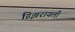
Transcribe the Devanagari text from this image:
डिझरायली